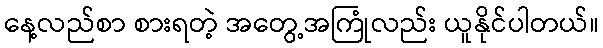
နေ့လည်စာ စားရတဲ့ အတွေ့အကြုံလည်း ယူနိုင်ပါတယ်။